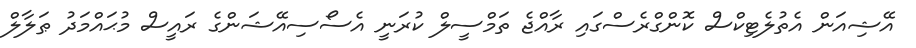
އޭޝިއަން އެތުލެޓިކްސް ކޮންގްރެސްގައި ރާއްޖެ ތަމްސީލް ކުރަނީ އެސޯސިއޭޝަންގެ ރައީސް މުޙައްމަދު ޠަލާލް